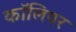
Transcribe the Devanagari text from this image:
कॉलियर